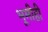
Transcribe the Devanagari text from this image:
भूमीही